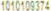
1010109374